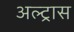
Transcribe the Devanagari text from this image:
अल्ट्रास